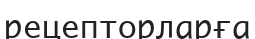
рецепторларға